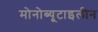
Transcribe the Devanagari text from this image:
मोनोब्यूटाइलीन